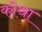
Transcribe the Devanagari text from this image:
कोथा